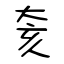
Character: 奒